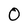
Character: O